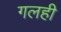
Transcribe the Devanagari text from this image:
गलही